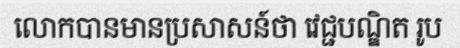
លោកបានមានប្រសាសន៍ថា វេជ្ជបណ្ឌិត រូប